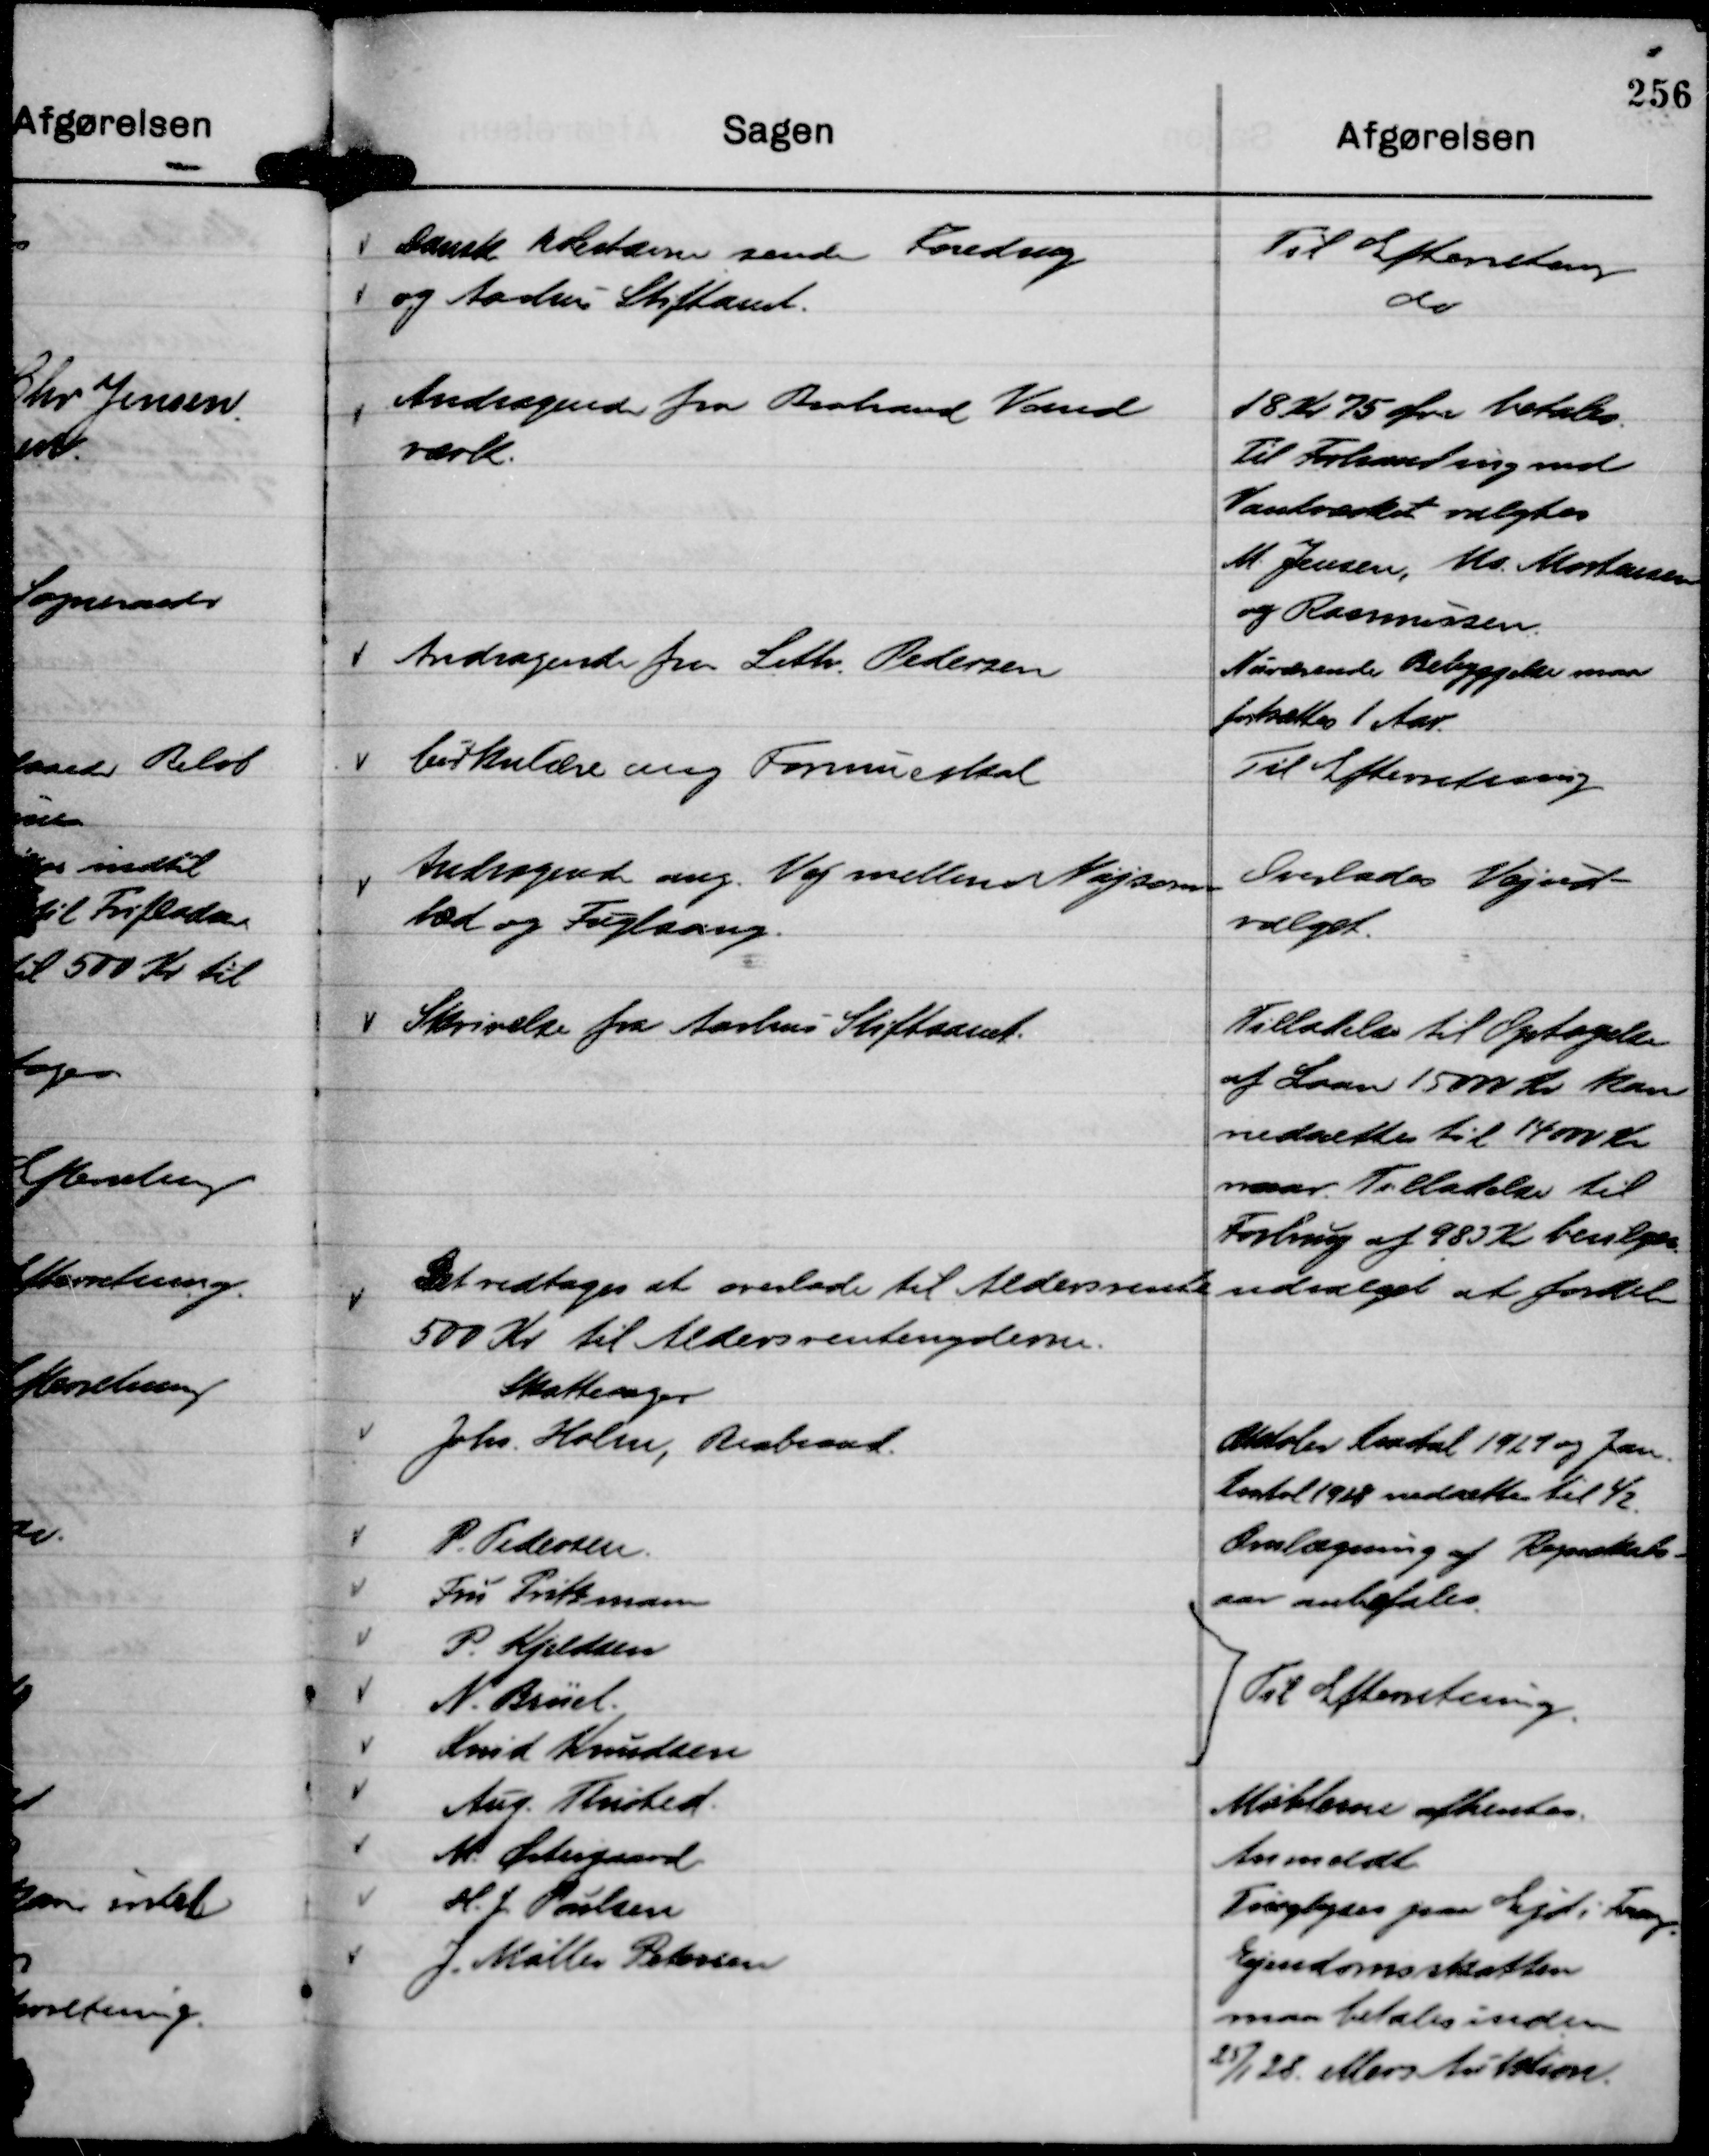
Transskription:
Dansk Købestævne samt Foredrag
og Aarhus Stiftamt.

Til Efterretning
do

Andragende fra Brabrand Vand
værk.

18 Kr 75 Øre betales
Til Forhanding med
Vandværket valgtes
M. Jensen, Ms. Mortensen
og Rasmussen.

Andragende fra Leth Pedersen

Nuværende Bebyggelse maa
fortsættes 1 Aar

Cirkulære ang Formueskat

Til Efterretning

Andragende ang. Vej mellem Nøjsom-
hed og Fuglsang.

Overlades Vejud-
valget.

Skrivelse fra Aarhus Stiftamt.

Tilladelse til Optagelse
af Laan 15000 Kr kan
nedsættes til 14000 Kr
naar Tilladelse til
Forbrug af 983 Kr bevilges

Det vedtages at overlade til Aldersrenteudvalget at fordele
500 Kr til Aldersrentenyderne.